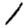
Digit: 1